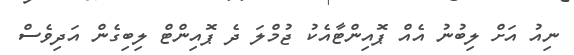
ނިއު އަށް ލިބުނު އެއް ޕޮއިންޓާއެކު ޖުމްލަ ދެ ޕޮއިންޓް ލިބިގެން އަދިވެސް